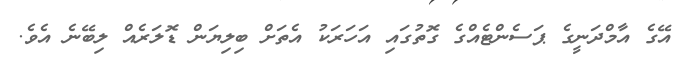
އޭގެ އާމްދަނީގެ ޕަސެންޓެއްގެ ގޮތުގައި އަހަރަކު އެތަށް ބިލިޔަން ޑޮލަރެއް ލިބޭނެ އެވެ.